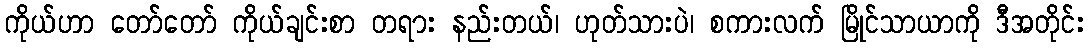
ကိုယ်ဟာ တော်တော် ကိုယ်ချင်းစာ တရား နည်းတယ်၊ ဟုတ်သားပဲ၊ စကားလက် မြိုင်သာယာကို ဒီအတိုင်း